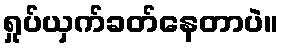
ရှုပ်ယှက်ခတ်နေတာပဲ။